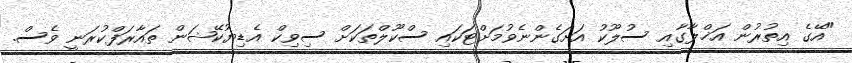
"އޭގެ އިތުރުން އަޚްލާގާއި ސުލޫކު އަށަގެންނެވުމަށްޓަކައި ސްކޫލްތަކަށް ސިވިކް އެޑިޔުކޭޝަން ތައާރަފްކުރަނީ ވެސް.